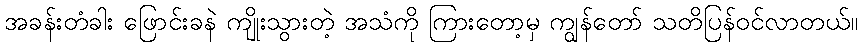
အခန်းတံခါး ဖြောင်းခနဲ ကျိုးသွားတဲ့ အသံကို ကြားတော့မှ ကျွန်တော် သတိပြန်ဝင်လာတယ်။